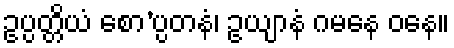
ဥပ္ပတ္တိယံ စော’ပ္ပတနံ၊ ဥယျာနံ ဂမနေ ဝနေ။